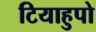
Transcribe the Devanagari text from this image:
टियाहुपो